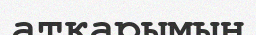
атқарымын